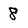
Character: 8